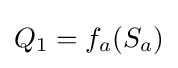
Q_{1}=f_{a}(S_{a})